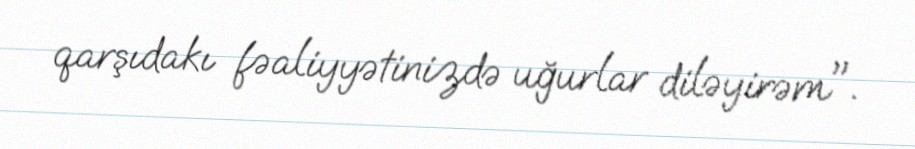
qarşıdakı fəaliyyətinizdə uğurlar diləyirəm".